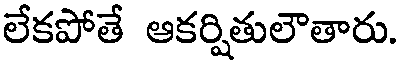
లేకపోతే ఆకర్షితులౌతారు.